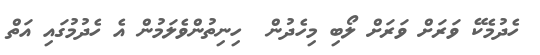
ހެދުމެކޭ ވަރަށް ވަރަށް ލޯބި މިހެދުން  ހިނިތުންވެލަމުން އެ ހެދުމުގައި އަތް